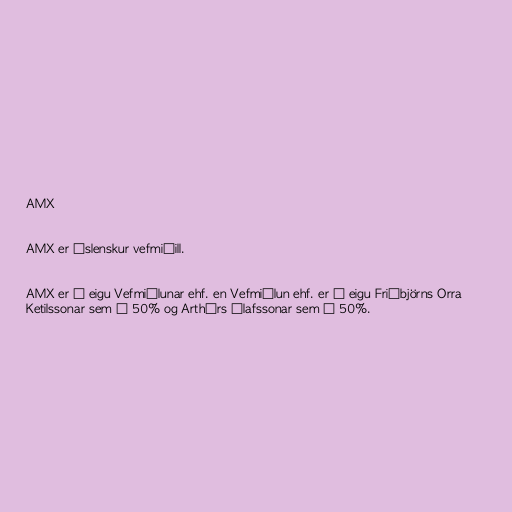
AMX

AMX er íslenskur vefmiðill.

AMX er í eigu Vefmiðlunar ehf. en Vefmiðlun ehf. er í eigu Friðbjörns Orra
Ketilssonar sem á 50% og Arthúrs Ólafssonar sem á 50%.